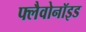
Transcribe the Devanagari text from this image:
फ्लैवोनॉइड